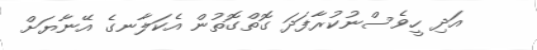
އަދި ހީވެސްނުކުރާފަދަ ގޮތްގޮތުން އެކަލާނގެ އޭނާޔަށް